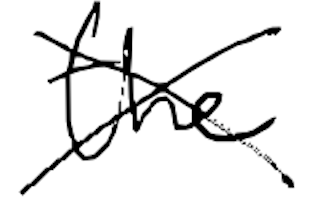
Text: the
Cross-out: cross
Writing tool: digital_black